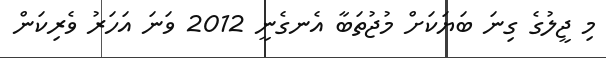
މި ޖީލުގެ ގިނަ ބަޔަކަށް މުޖުތަބާ އެނގެނީ 2012 ވަނަ އަހަރު ވެރިކަން